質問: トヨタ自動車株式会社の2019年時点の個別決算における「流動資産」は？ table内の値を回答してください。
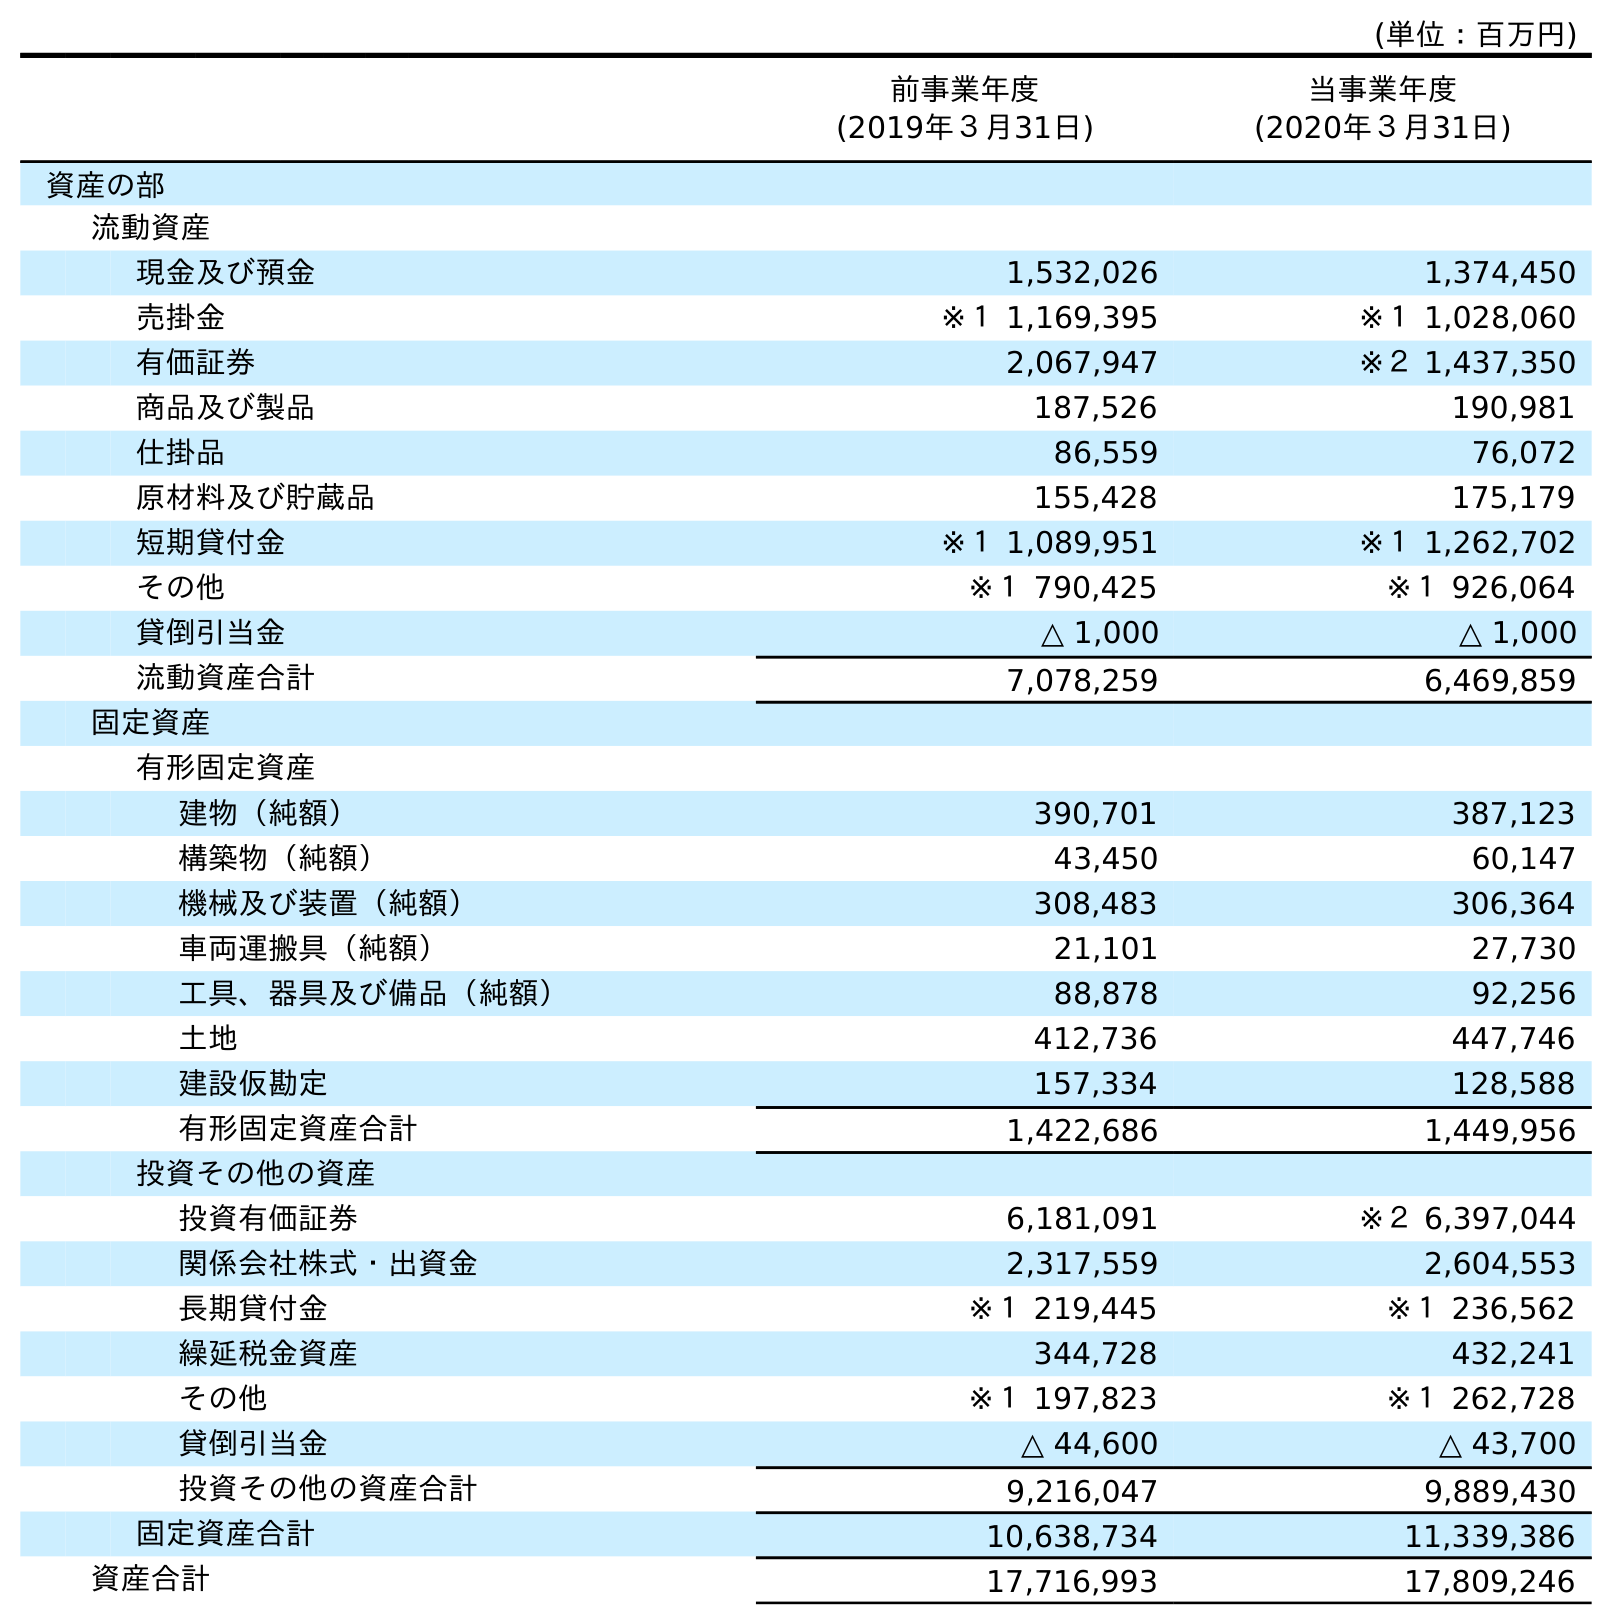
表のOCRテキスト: (単位：百万円) 前事業年度 (2019年３月31日) 当事業年度 (2020年３月31日) 資産の部 流動資産 現金及び預金 1,532,026 1,374,450 売掛金 ※１ 1,169,395 ※１ 1,028,060 有価証券 2,067,947 ※２ 1,437,350 商品及び製品 187,526 190,981 仕掛品 86,559 76,072 原材料及び貯蔵品 155,428 175,179 短期貸付金 ※１ 1,089,951 ※１ 1,262,702 その他 ※１ 790,425 ※１ 926,064 貸倒引当金 △ 1,000 △ 1,000 流動資産合計 7,078,259 6,469,859 固定資産 有形固定資産 建物（純額） 390,701 387,123 構築物（純額） 43,450 60,147 機械及び装置（純額） 308,483 306,364 車両運搬具（純額） 21,101 27,730 工具、器具及び備品（純額） 88,878 92,256 土地 412,736 447,746 建設仮勘定 157,334 128,588 有形固定資産合計 1,422,686 1,449,956 投資その他の資産 投資有価証券 6,181,091 ※２ 6,397,044 関係会社株式・出資金 2,317,559 2,604,553 長期貸付金 ※１ 219,445 ※１ 236,562 繰延税金資産 344,728 432,241 その他 ※１ 197,823 ※１ 262,728 貸倒引当金 △ 44,600 △ 43,700 投資その他の資産合計 9,216,047 9,889,430 固定資産合計 10,638,734 11,339,386 資産合計 17,716,993 17,809,246
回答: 7,078,259